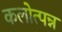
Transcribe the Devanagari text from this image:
कलोत्पन्न